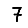
Digit: 7